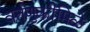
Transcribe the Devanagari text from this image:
वर्तणुकीमिळे